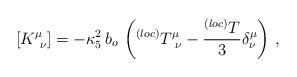
LaTeX: \begin{align*}[K_{~\nu}^{\mu}]=-\kappa_{5}^{2}\,b_{o}\,\left(^{(loc)}T_{~\nu}^{\mu}-\frac{^{(loc)}T}{3}\delta_{\nu}^{\mu}\right)\,, \end{align*}